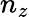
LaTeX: n_{z}